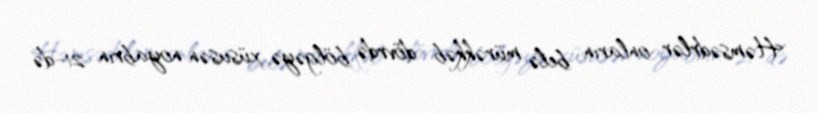
Həmsədrlər onların belə mürəkkəb dövrdə bölgəyə, xüsusən noyabrın 21-də